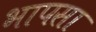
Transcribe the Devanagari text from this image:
भापसा